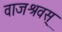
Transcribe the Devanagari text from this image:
वाजश्रवस्